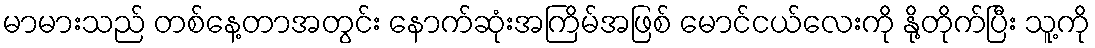
မာမားသည် တစ်နေ့တာအတွင်း နောက်ဆုံးအကြိမ်အဖြစ် မောင်ငယ်လေးကို နို့တိုက်ပြီး သူ့ကို